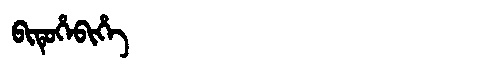
Manchu: ᠪᡳᡨᡠᡥᡝᠪᡳᡥᡝ
Romanization: BITUHEBIHE